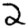
Digit: 2